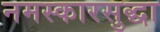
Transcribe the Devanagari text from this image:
नमस्कारसुद्धा